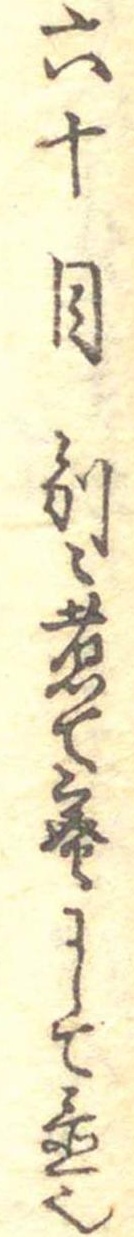
六十目別に煮て蜜にして置也